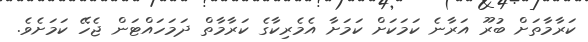
ކަރާމާތަށް ބުރޫ އަރާނެ ކަމަކަށް ކަމަށާ އެމެރިކާގެ ކަރާމާތް ދަމަހައްޓަން ޖެހޭ ކަމަށެވެ.